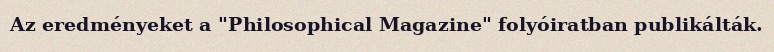
Az eredményeket a "Philosophical Magazine" folyóiratban publikálták.